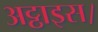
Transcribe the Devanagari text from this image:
अट्ठाइस।